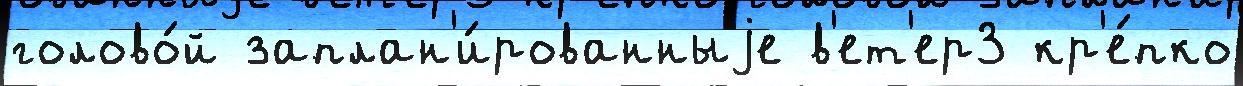
голово́й заплан'и́рованныjе в'ет'ер3 кр'е́пко